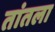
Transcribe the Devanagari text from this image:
तांतला